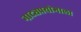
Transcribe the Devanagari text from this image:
नाट्यप्रयोगाला